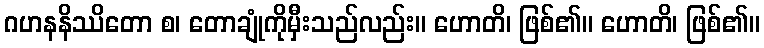
ဂဟနနိဿိတော စ၊ တောချုံကိုမှီးသည်လည်း။ ဟောတိ၊ ဖြစ်၏။ ဟောတိ၊ ဖြစ်၏။